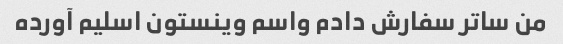
من ساتر سفارش دادم واسم وینستون اسلیم آورده